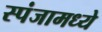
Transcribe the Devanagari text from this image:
स्पंजामध्ये